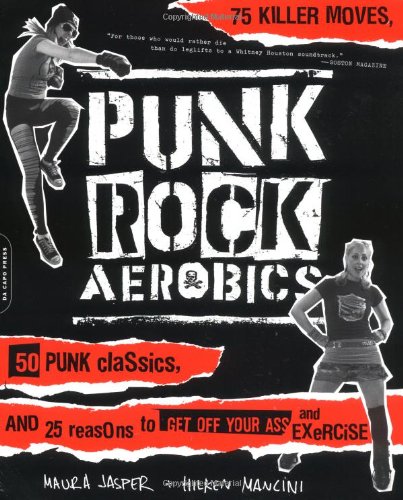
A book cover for Punk Rock Aerobics: 75 Killer Moves, 50 Punk Classics, And 25 Reasons To Get Off Your Ass And Exercise; Maura Jasper; Health, Fitness & Dieting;